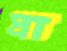
প্রা